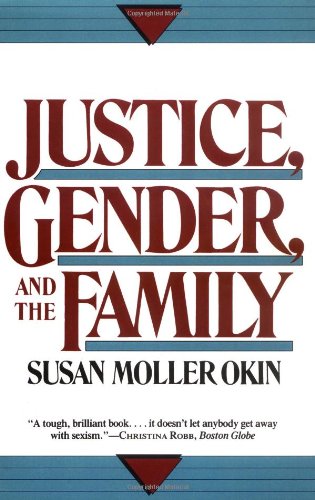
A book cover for Justice, Gender, and the Family; Susan Moller Okin; Gay & Lesbian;